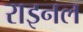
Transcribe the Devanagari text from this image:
राइनल